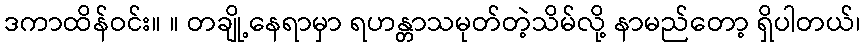
ဒကာထိန်ဝင်း။ ။ တချို့နေရာမှာ ရဟန္တာသမုတ်တဲ့သိမ်လို့ နာမည်တော့ ရှိပါတယ်၊